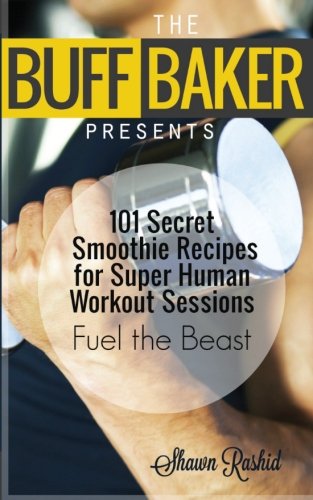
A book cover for The Buff Baker Presents: 101 Secret Smoothie Recipes for Super Human Workout Sessions: Fuel Beast Mode (The Buff Baker Fitness & Health Series); Shawn Rashid; Health, Fitness & Dieting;